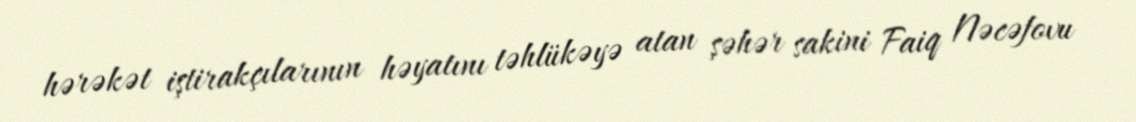
hərəkət iştirakçılarının həyatını təhlükəyə atan şəhər sakini Faiq Nəcəfovu